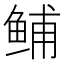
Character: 𫚙